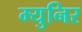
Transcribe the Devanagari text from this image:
म्युनिर